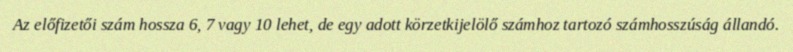
Az előfizetői szám hossza 6, 7 vagy 10 lehet, de egy adott körzetkijelölő számhoz tartozó számhosszúság állandó.